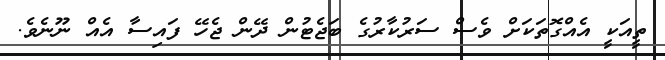
ތީއަކީ އެއްގޮތަކަށް ވެސް ސަރުކާރުގެ ބަޖެޓުން ދޭން ޖެހޭ ފައިސާ އެއް ނޫނެވެ.